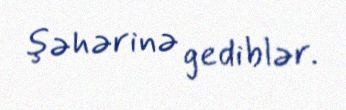
şəhərinə gediblər.